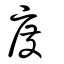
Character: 度